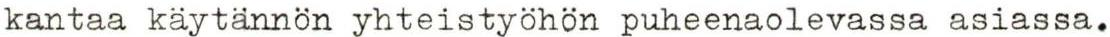
kantaa käytännön yhteistyöhön puheenaolevassa asiassa.